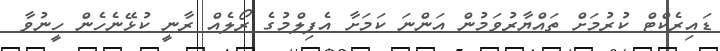
ޑައިރެކްޓް ކުރުމަށް ތައްޔާރުވަމުން އަންނަ ކަމަށާ އެފިލްމުގެ ރޯލެއް ރާނީ ކުޅޭނެހެން ހީނުވާ